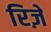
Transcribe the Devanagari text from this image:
रिज़े